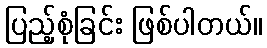
ပြည့်စုံခြင်း ဖြစ်ပါတယ်။